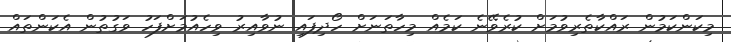
މިކަންކަމުން ރައްކާތެރިވުމަށް ކުރެވޭނެ ކަމެއް މިހާތަނަށް ހޯދިފައި ނުވާއިރު ވިހެއުމަށްފަހު ވަގުތުން އެކަންތައް